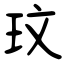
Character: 玟